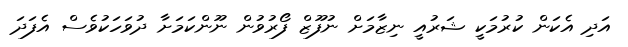
އަދި އެކަން ކުރުމަކީ ޝަރުއީ ނިޒާމަށް ނުފޫޒް ފޯރުވުން ނޫންކަމަށާ ދުވަހަކުވެސް އެފަދަ